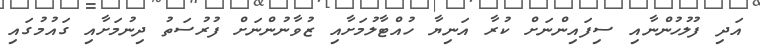
އަދި ފުލުހުންނާއި ސިފައިންނަށް ކުރާ އަނިޔާ ހުއްޓާލުމަށާއި ޒުވާނުންނަށް ފުރުސަތު ދިނުމަށާއި ގައުމުގައި